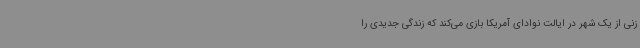
زنی از یک شهر در ایالت نوادای آمریکا بازی می‌کند که زندگی جدیدی را